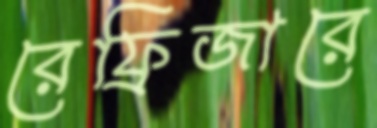
রেফ্রিজারে